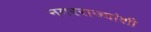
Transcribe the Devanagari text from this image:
नगरराज्यांशी